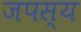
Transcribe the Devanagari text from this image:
जपस्य